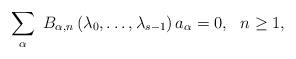
LaTeX: \begin{align*} \sum_\alpha \ B_{\alpha, n} \left(\lambda_0, \ldots,\lambda_{s-1}\right) a_\alpha= 0, \ \ n\ge 1, \end{align*}